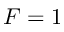
F = 1